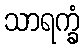
သာရက္ခံ